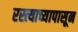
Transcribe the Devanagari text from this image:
रस्त्याच्यापासून